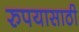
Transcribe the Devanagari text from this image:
रुपयासाठी